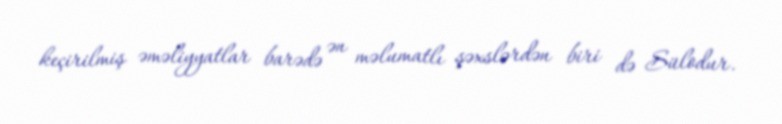
keçirilmiş əməliyyatlar barədə ən məlumatlı şəxslərdən biri də Sülodur.